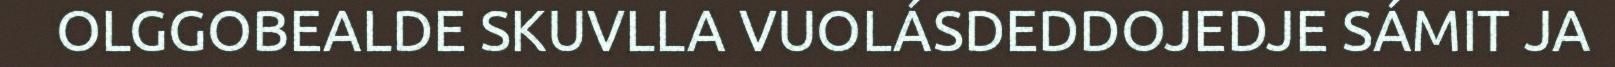
OLGGOBEALDE SKUVLLA VUOLÁSDEDDOJEDJE SÁMIT JA